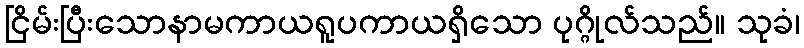
ငြိမ်းပြီးသောနာမကာယရူပကာယရှိသော ပုဂ္ဂိုလ်သည်။ သုခံ၊